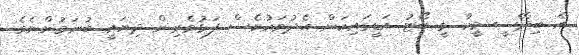
އެ ބިދޭސީ މީހާ ވީ ބޯޓު އަޑީގައިކަން އެދުވަހުވެސް ފަޅުވެރިން ދިޔައީ ބުނަމުންނެވެ.